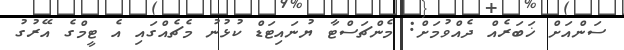
ސަންއަށް ޚަބަރެއް ދެއްވުމަށް: މެންޗަސްޓާ ޔުނައިޓަޑް ކުޅުނު މެޗެއްގައި އެ ޓީމްގެ އޭރުގު